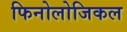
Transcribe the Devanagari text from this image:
फिनोलोजिकल